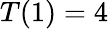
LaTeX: T(1)=4